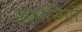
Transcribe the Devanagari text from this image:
फ़ार्मेसियों